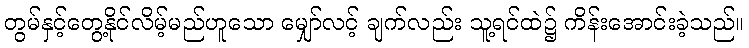
တွမ်နှင့်တွေ့နိုင်လိမ့်မည်ဟူသော မျှော်လင့် ချက်လည်း သူ့ရင်ထဲ၌ ကိန်းအောင်းခဲ့သည်။